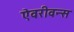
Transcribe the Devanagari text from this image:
ऐवरीवन्स